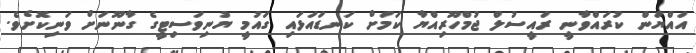
އައްޔަން ކުރައްވާނީ ރައީސުލް ޖުމްހޫރިއްޔާ ކަމަށް ކަނޑައަޅައި ގައުމީ ޔުނިވަސިޓީގެ ގާނޫނަށް ވަނިކޮށެވެ.